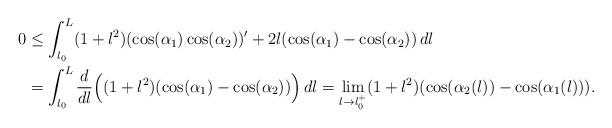
LaTeX: \begin{align*}0&\leq\int_{l_0}^L(1+l^2)(\cos(\alpha_1)\cos(\alpha_2))'+2l(\cos(\alpha_1)-\cos(\alpha_2))\,dl\\&=\int_{l_0}^L\frac{d}{dl}\Bigl((1+l^2)(\cos(\alpha_1)-\cos(\alpha_2))\Bigr)\,dl=\lim_{l\to l_0^+}(1+l^2)(\cos(\alpha_2(l))-\cos(\alpha_1(l))).\end{align*}